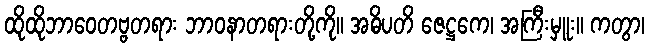
ထိုထိုဘာဝေတဗ္ဗတရား ဘာဝနာတရားတို့ကို။ အဓိပတိ ဇေဋ္ဌကေ၊ အကြီးမှူး။ ကတွာ၊